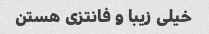
خیلی زیبا و فانتزی هستن